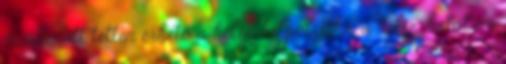
mindenütt tetten érhető a helyi belpolitika, a helyi hatalom